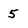
Character: 5